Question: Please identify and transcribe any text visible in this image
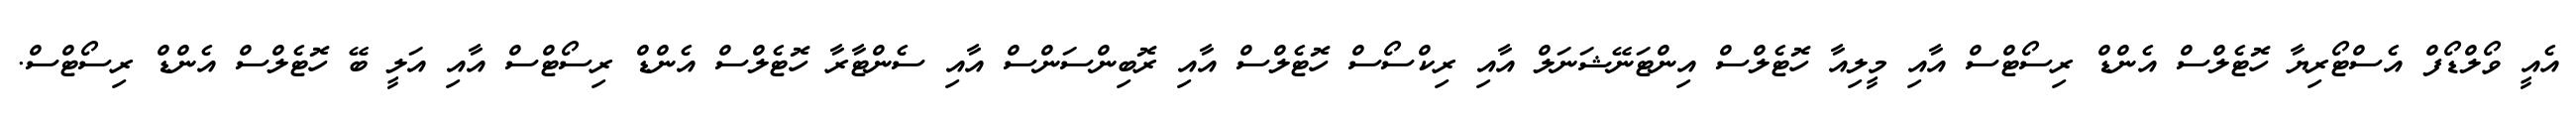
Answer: އެއީ ވޯލްޑޯފް އެސްޓޯރިޔާ ހޮޓެލްސް އެންޑް ރިސޯޓްސް އާއި މީލިއާ ހޮޓެލްސް އިންޓަނޭޝަނަލް އާއި ރިކްސޯސް ހޮޓެލްސް އާއި ރޮބިންސަންސް އާއި ސެންޓާރާ ހޮޓެލްސް އެންޑް ރިސޯޓްސް އާއި އަލީ ބޭ ހޮޓެލްސް އެންޑް ރިސޯޓްސް.